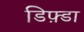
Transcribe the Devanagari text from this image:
डिफ़्डा